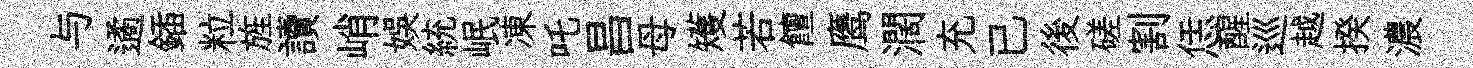
与遹鍤粒旌讀峭娱統岷凍吒昌母矱若饘鹰濶充已後磋割恁醒巡越揆濃